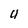
Character: U